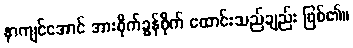
နာကျင်အောင် အားစိုက်ခွန်စိုက် ထောင်းသည်ချည်း ဖြစ်၏။